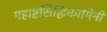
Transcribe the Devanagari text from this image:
महाष्टसिद्धिकामिनी